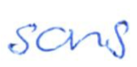
Text: sons
Cross-out: clean
Writing tool: ballpoint